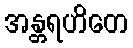
အန္တရဟိတေ